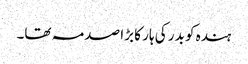
ہندہ کو بدر کی ہار کا بڑا صدمہ تھا۔